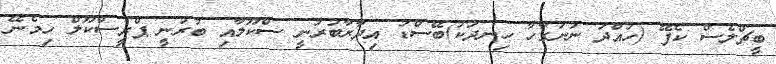
ބީޗްލެސް ކެފޭ (ހުއްދަ ނުނަގާހާ ހިނދަކު)ބޭސްޑު އިދާރާބުރުނީ ސްކޫލާއި ބުރުނީ ޕްރީސްކޫލް ހިމެނޭ